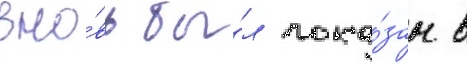
вно́вь бы́л пока́зан в